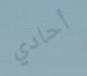
أحادي